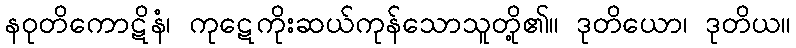
နဝုတိကောဋိနံ၊ ကုဋေကိုးဆယ်ကုန်သောသူတို့၏။ ဒုတိယော၊ ဒုတိယ။